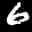
Label: 6